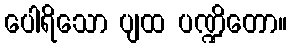
ပေါရိသော ပျထ ပဏ္ဍိတော။